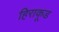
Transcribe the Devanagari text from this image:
हिराकूड